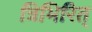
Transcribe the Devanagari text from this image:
त्रिभिरित्